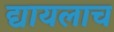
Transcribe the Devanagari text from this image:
द्यायलाच